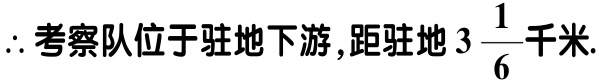
\(\therefore\)考察队位于驻地下游，距驻地\(3\frac{1}{6}\)千米.